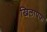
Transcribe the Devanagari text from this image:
खिलापफ